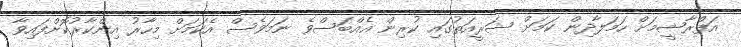
އަފްރާޝީމަށް ހަމަލާދިން ކަމަށް ޝަރީއަތުގައި ކުރިން އެއްބަސްވެ ނަމަވެސް އެކަމަށް މިހާރު އިންކާރުކޮށްފައިވާ